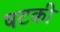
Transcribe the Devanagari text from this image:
षटकी